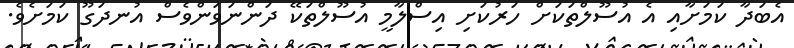
އެބަދާ ކަމަށާއި އެ އުސޫލްތަކަށް ހަރުކަށި އިސްލާމީ އުސޫލްތަކޭ ދަންނަވަންވެސް އުނދަގޫ ކަމަށެވެ.